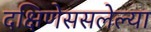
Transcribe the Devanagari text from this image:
दक्षिणेससलेल्या